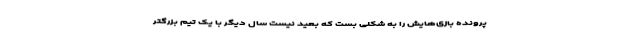
پرونده بازی‌هایش را به شکلی بست که بعید نیست سال دیگر با یک تیم بزرگتر